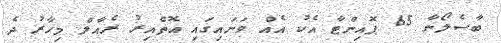
ބާސެލޯނާ 65 ޕޮއިންޓާ އެކު އެއް ވަނައިގައި އޮތްއިރު ރެއާލް މިހާރު ދެ